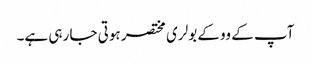
آپ کے ووکے بولری مختصر ہوتی جا رہی ہے۔